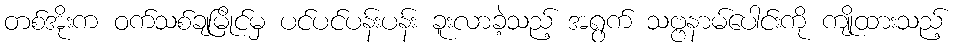
တစ်အိုးက ဝက်သစ်ချမြိုင်မှ ပင်ပင်ပန်းပန်း ခူးလာခဲ့သည့် အရွက် သဗ္ဗနာမ်ပေါင်းကို ကျိုထားသည့်